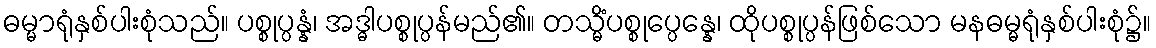
ဓမ္မာရုံနှစ်ပါးစုံသည်။ ပစ္စုပ္ပန္နံ၊ အဒ္ဓါပစ္စုပ္ပန်မည်၏။ တသ္မိံပစ္စုပ္ပေန္နေ၊ ထိုပစ္စုပ္ပန်ဖြစ်သော မနဓမ္မရုံနှစ်ပါးစုံ၌။